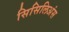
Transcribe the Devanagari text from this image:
सिसिलिअंस